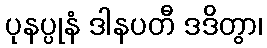
ပုနပ္ပုနံ ဒါနပတီ ဒဒိတွာ၊